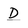
Character: D